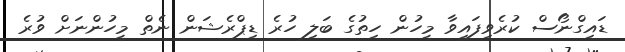
ޑައިގްނޯސް ކުރެވިފައިވާ މީހުން ހިތުގެ ބަލި ހުރެ ޑިޕްރެޝަން ނެތް މީހުންނަށް ވުރެ